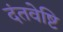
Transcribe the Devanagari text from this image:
दंतवेष्टि